Problem: 7 × 3 = ?
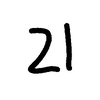
Handwritten answer: 21